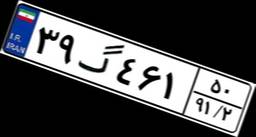
۳۰گ۳۲۹۹۱